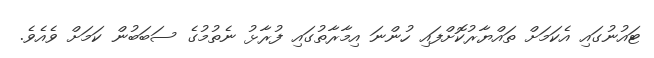
ޓައުނުގައި އެކަމަށް ތައްޔާރުކޮށްފައި ހުންނަ އިމާރާތުގައި ފުރާޅު ނެތުމުގެ ސަބަބުން ކަމަށް ވެއެވެ.